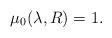
LaTeX: \begin{align*}\mu_0(\lambda,R)=1.\end{align*}